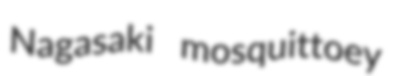
Nagasaki mosquittoey